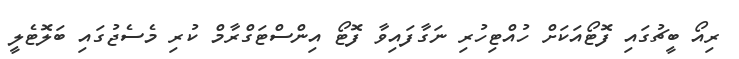
ރިއޯ ބީޗުގައި ފޮޓޯއަކަށް ހުއްޓިހުރި ނަގާފައިވާ ފޮޓޯ އިންސްޓަގްރާމް ކުރި މެސެޖުގައި ބަލޮޓެލީ